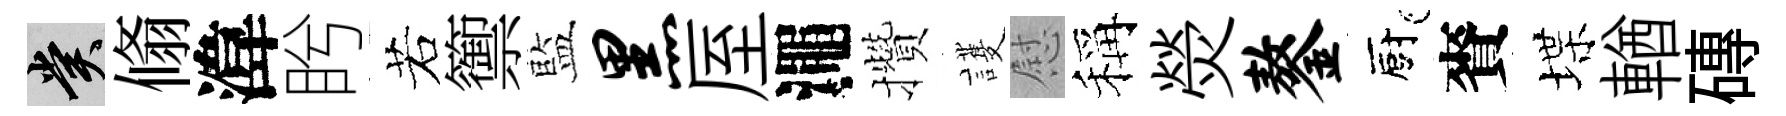
賞翛湋盻若籞藍黑厔澠攢護慰稱熒鏊廚賚堞輶磚